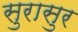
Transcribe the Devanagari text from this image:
सुरासुर